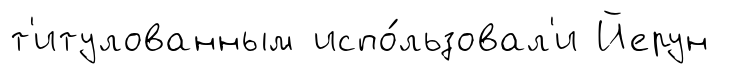
т'итулованным испо́льзовал'и Йерун